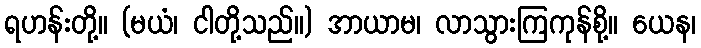
ရဟန်းတို့။ (မယံ၊ ငါတို့သည်။) အာယာမ၊ လာသွားကြကုန်စို့။ ယေန၊